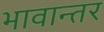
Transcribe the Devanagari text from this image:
भावान्तर